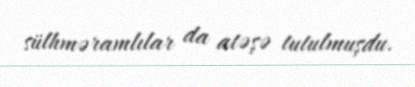
sülhməramlılar da atəşə tutulmuşdu.